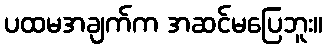
ပထမအချက်က အဆင်မပြေဘူး။